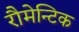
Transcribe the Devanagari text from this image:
रौमेन्टिक